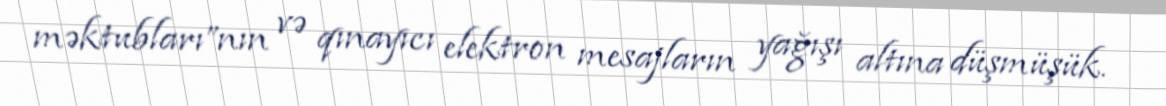
məktubları”nın və qınayıcı elektron mesajların yağışı altına düşmüşük.